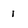
Character: i